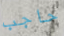
حاجب